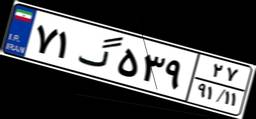
۷۱گ۵۳۹۲۷